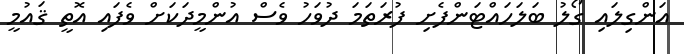
އަންގިލައި ގޯލު ބަލަހައްޓަންފެށި ފުރަތަމަ ދުވަހު ވެސް އުންމީދަކަށް ވެފައި އޮތީ ޤައުމީ